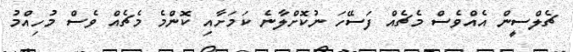
ޗެލްސީން އެއްވެސް މެޗެއް ފަސޭހަ ނުކޮށްލާނެ ކަަމަށާއި ކޮންމެ މެޗެއް ވެސް މުހިއްމު